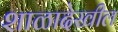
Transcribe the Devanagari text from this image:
शाळादेखील